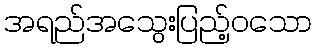
အရည်အသွေးပြည့်ဝသော